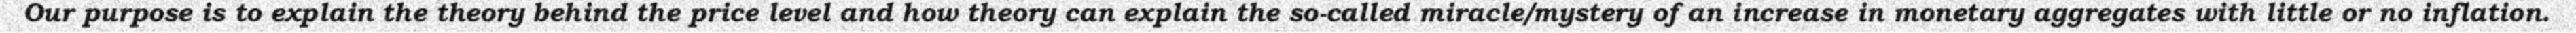
Our purpose is to explain the theory behind the price level and how theory can explain the so-called miracle/mystery of an increase in monetary aggregates with little or no inflation.